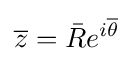
{\overline {z}}={\bar {R}}e^{i{\overline {\theta }}}